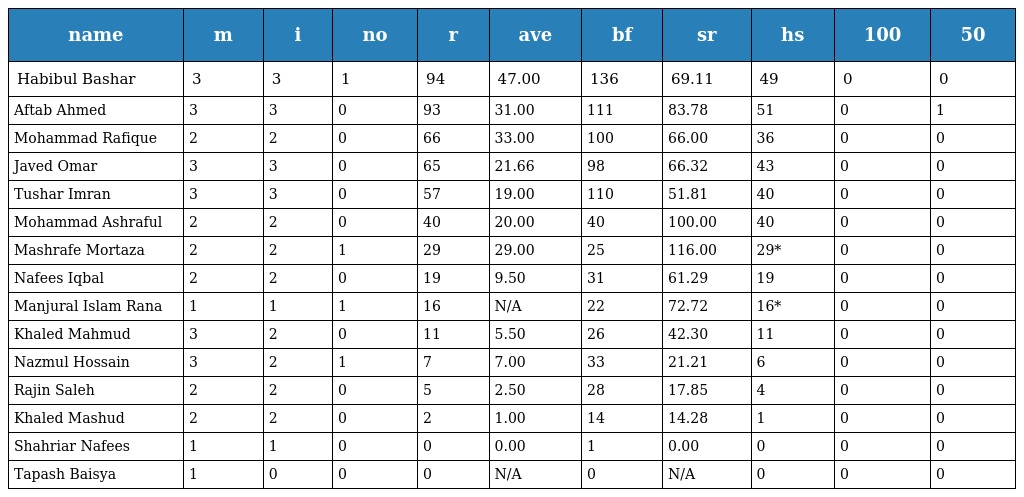
| name | m | i | no | r | ave | bf | sr | hs | 100 | 50 |
 | --- | --- | --- | --- | --- | --- | --- | --- | --- | --- | --- |
 | Habibul Bashar | 3 | 3 | 1 | 94 | 47.00 | 136 | 69.11 | 49 | 0 | 0 |
 | Aftab Ahmed | 3 | 3 | 0 | 93 | 31.00 | 111 | 83.78 | 51 | 0 | 1 |
 | Mohammad Rafique | 2 | 2 | 0 | 66 | 33.00 | 100 | 66.00 | 36 | 0 | 0 |
 | Javed Omar | 3 | 3 | 0 | 65 | 21.66 | 98 | 66.32 | 43 | 0 | 0 |
 | Tushar Imran | 3 | 3 | 0 | 57 | 19.00 | 110 | 51.81 | 40 | 0 | 0 |
 | Mohammad Ashraful | 2 | 2 | 0 | 40 | 20.00 | 40 | 100.00 | 40 | 0 | 0 |
 | Mashrafe Mortaza | 2 | 2 | 1 | 29 | 29.00 | 25 | 116.00 | 29* | 0 | 0 |
 | Nafees Iqbal | 2 | 2 | 0 | 19 | 9.50 | 31 | 61.29 | 19 | 0 | 0 |
 | Manjural Islam Rana | 1 | 1 | 1 | 16 | N/A | 22 | 72.72 | 16* | 0 | 0 |
 | Khaled Mahmud | 3 | 2 | 0 | 11 | 5.50 | 26 | 42.30 | 11 | 0 | 0 |
 | Nazmul Hossain | 3 | 2 | 1 | 7 | 7.00 | 33 | 21.21 | 6 | 0 | 0 |
 | Rajin Saleh | 2 | 2 | 0 | 5 | 2.50 | 28 | 17.85 | 4 | 0 | 0 |
 | Khaled Mashud | 2 | 2 | 0 | 2 | 1.00 | 14 | 14.28 | 1 | 0 | 0 |
 | Shahriar Nafees | 1 | 1 | 0 | 0 | 0.00 | 1 | 0.00 | 0 | 0 | 0 |
 | Tapash Baisya | 1 | 0 | 0 | 0 | N/A | 0 | N/A | 0 | 0 | 0 |